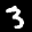
Label: 3